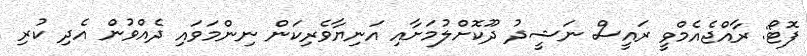
ފޮޓޯ: ރާއްޖެއެމްވީ ރައީސް ނަޝީދު ދޫކޮށްލުމަށާއި އަނިޔާވެރިކަން ނިންމަވައި ދެއްވުން އެދި ކުރި